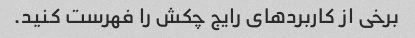
برخی از کاربردهای رایج چکش را فهرست کنید.